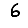
Digit: 6